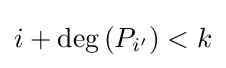
i+\deg \left(P_{i'}\right)<k